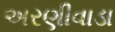
અરણીવાડા